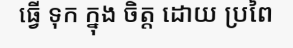
ធ្វើ ទុក ក្នុង ចិត្ត ដោយ ប្រពៃ